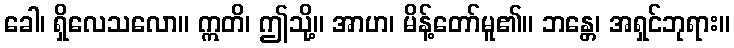
ခေါ၊ ရှိလေသလော။ ဣတိ၊ ဤသို့။ အာဟ၊ မိန့်တော်မူ၏။ ဘန္တေ၊ အရှင်ဘုရား။